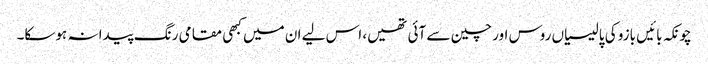
چونکہ بائیں بازو کی پالیسیاں روس اور چین سے آئی تھیں، اس لیے ان میں کبھی مقامی رنگ پیدا نہ ہوسکا۔